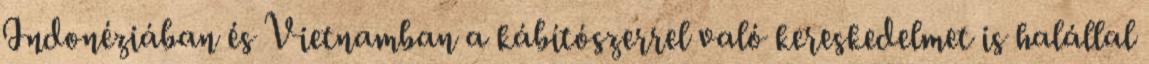
Indonéziában és Vietnamban a kábítószerrel való kereskedelmet is halállal